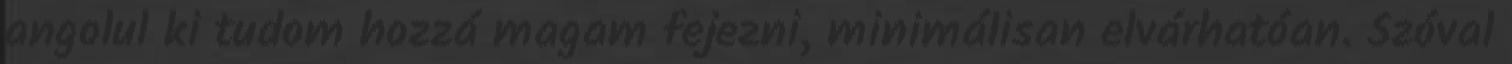
angolul ki tudom hozzá magam fejezni, minimálisan elvárhatóan. Szóval